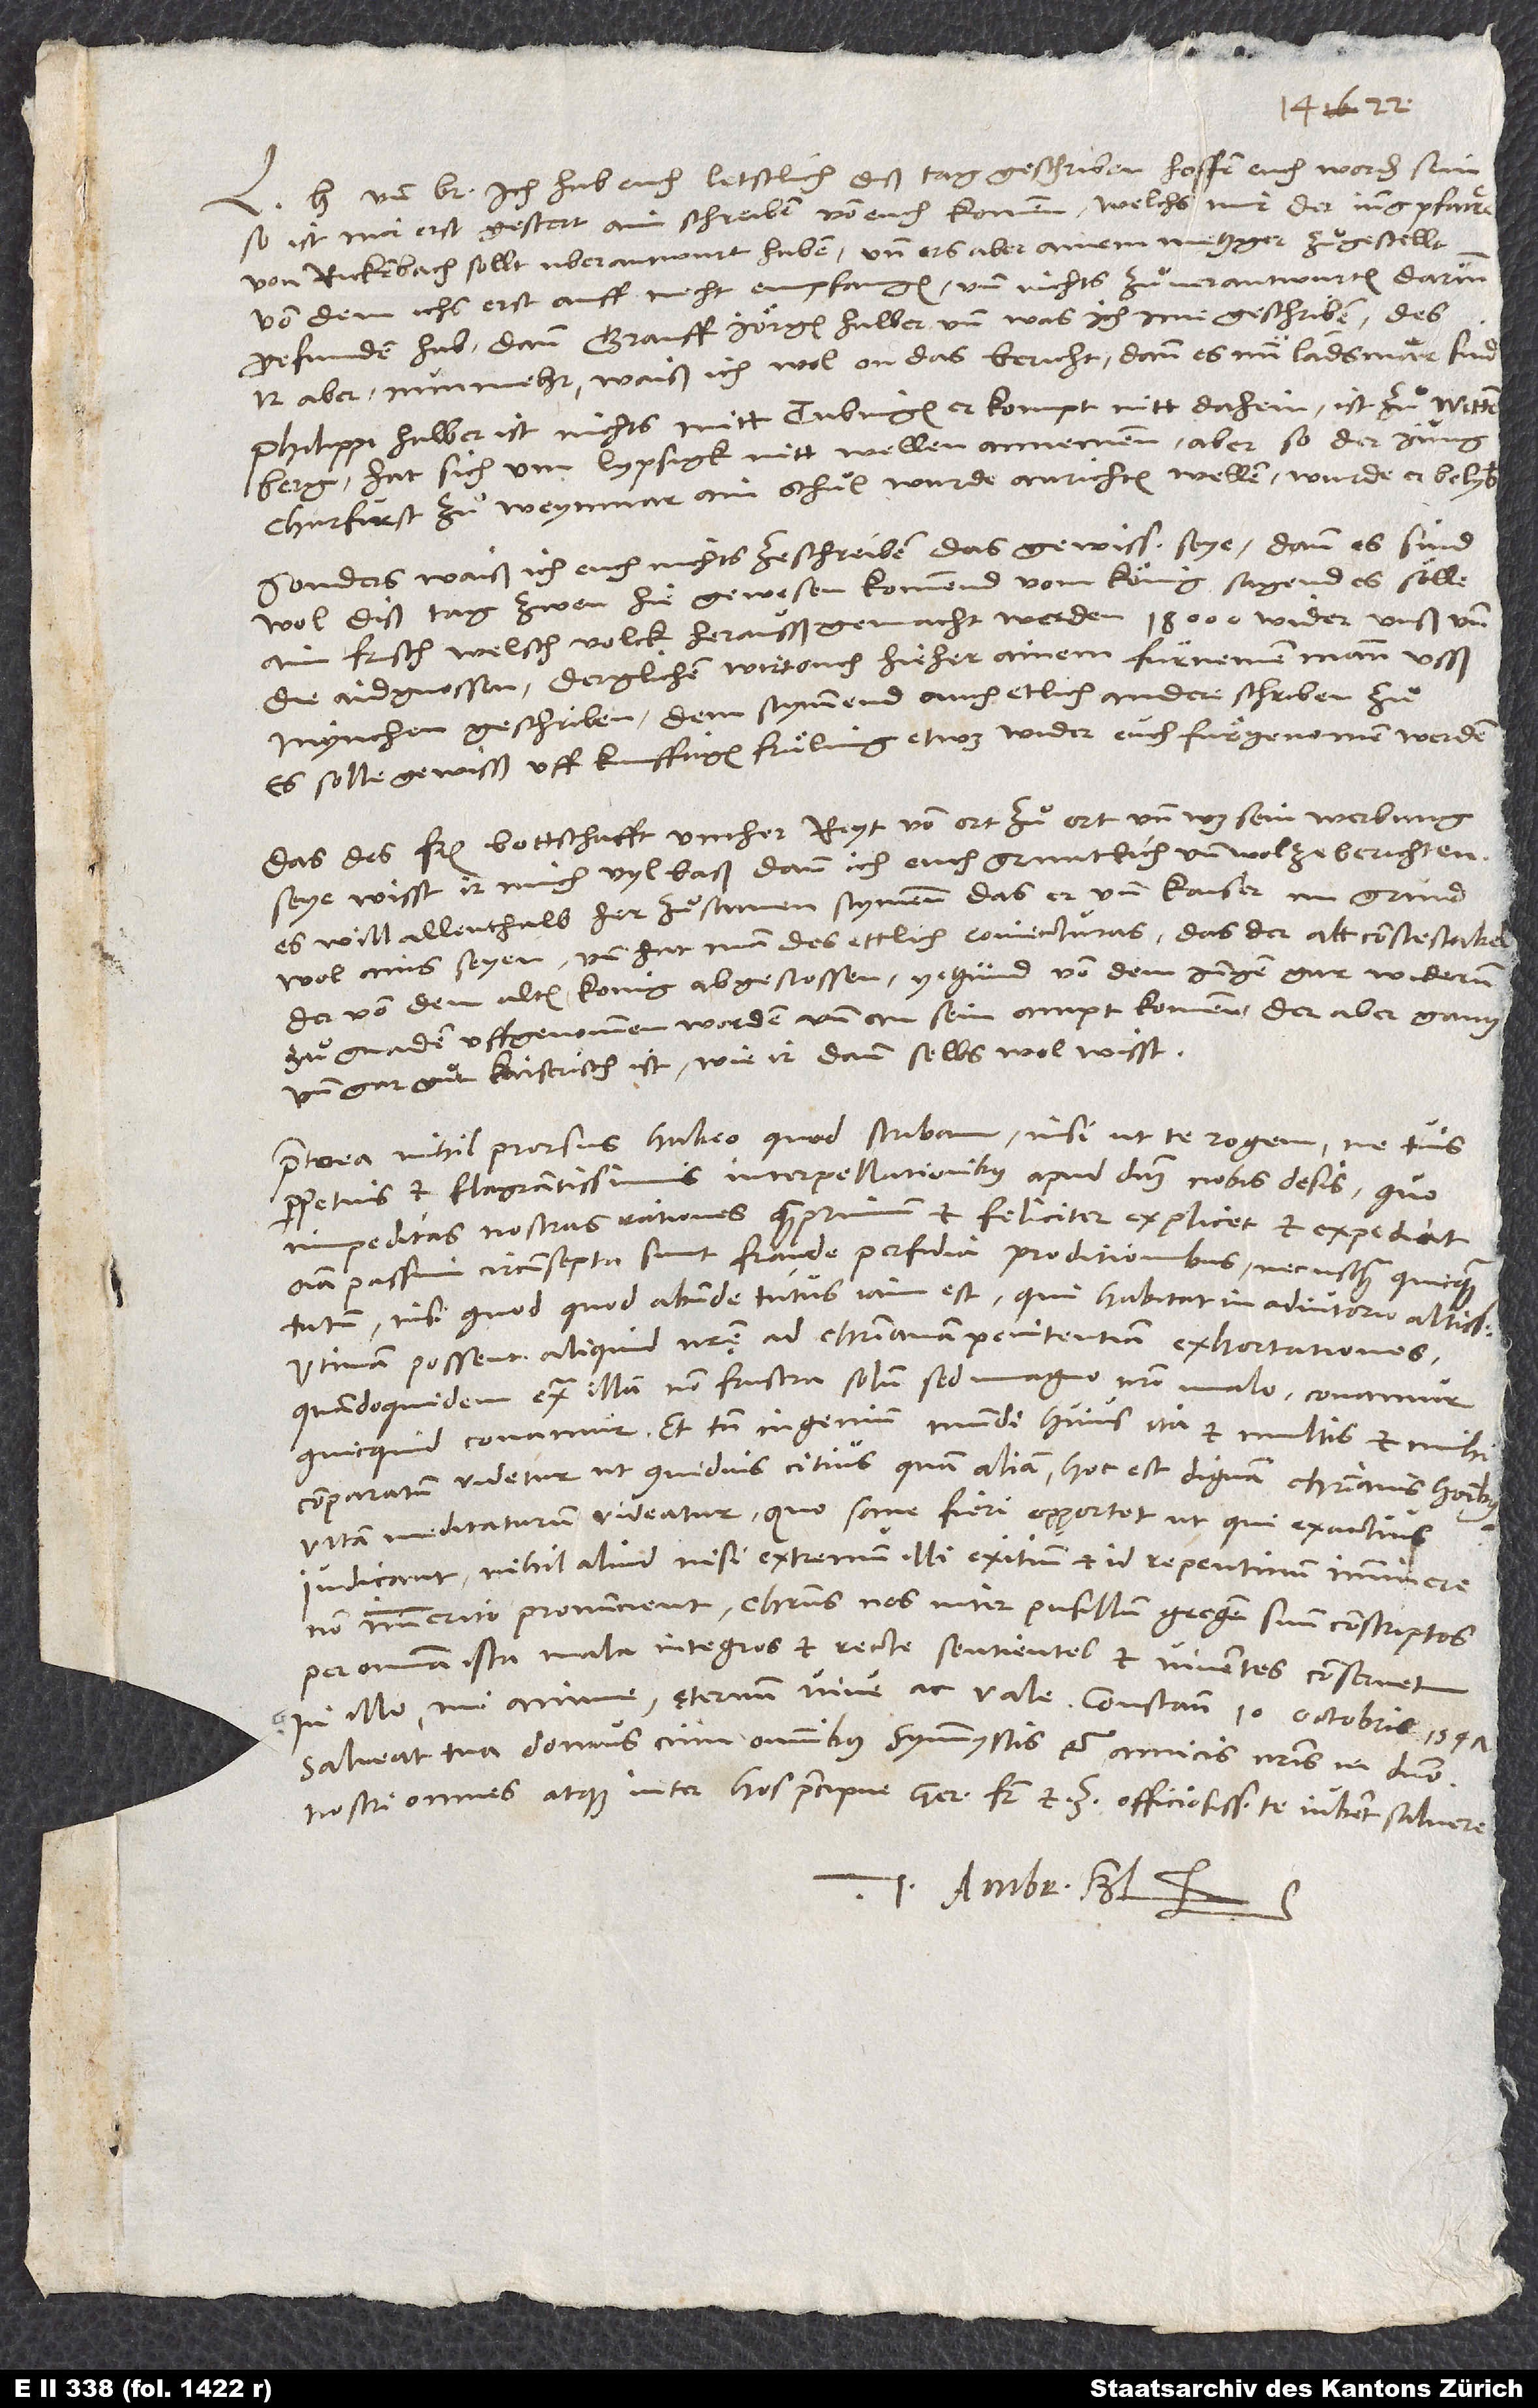
und bruͦder, ich hab euch letstlich diß tag geschriben. Hoffen, euch worden sein.
So ist mir erst gestert ain schreiben von euch kommen, welchs mir der jung pfarrer
von Rickenbach sollt uberantwurt haben, und ers aber ainem metzger zuͦgestellt,
von dem ichs erst auff necht empfangen, und nichts zuͦ verantwurten darinn
gefunden hab, dann grauff Jörgen halber, und was ich ime geschriben; des
ir aber nunmehr, waiß ich wol, on das bericht, dann es nun landsmär sind.
Philippi halber ist nichts mitt Tubingen. Er kompt nitt dahein. Ist zuͦ Wittenberg.
Hat sich um Lypsigk nitt wellen annemmen. Aber so der jung
churfurst zuͦ Weynmar ain schuͦl wurde anrichten wellen, wurde er belyben.
Sonders waiß ich euch nichts ze schreiben, das gewiss seye. Dann es sind
wol diß tag zwen hie gewesen, kommend vom könig, sagend, es sölle
ain frisch welsch volck herausß gemacht werden, 18’000, wider unß und
die aidgnossen. Derglichen wirt ouch hieher ainem fürnemen mann usß
Mynchen geschriben. Dem stymmend auch etlich andere schriben zuͦ.
Es solle gewisß uff kunfftigen fruͤling etwas wider euch fuͤrgenomen werden.
Das des Frantzosen bottschafft umher reyt von ort zuͦ ort, und was sein werbung
seye, wisst ir mich vyl baß dann ich euch gruntlich und wol ze berichten.
Es will allenthalb her zuͦsamen stymmen, das er und kaiser im grund
wol ains seyen. Und hat man des ettlich coniecturas, das der alt constestabel,
der von dem alten konig abgestossen, yetzund von dem jungen gar widerum
zuͦ gnaden uffgenommen worden und an sein ampt kommen, der aber gantz
und gar guͦt kaiserisch ist, wie ir dann selbs wol wisst.
Praeterea nihil prorsus habeo, quod scribam, nisi ut te rogem, ne tuis
perpetuis et flagrantissimis interpellationibus apud dominum nobis desis, quo
impeditas nostras rationes quamprimum et feliciter explicet et expediat.
Omnia passim circumsepta sunt fraude, perfidia, proditionibus, nec usquam quicquam
nisi quod abunde tutus iam est, qui habitat in adiutorio altissimo.
Utinam possent aliquid nostrę ad christianam penitentiam exhortationes,
quandoquidem extra illam non frustra solum sed magno nostro malo conamur,
quicquid conamur. Et tamen ingenium mundi huius ita et multis et mihi
comparatum videtur, ut quidvis citius quam aliam, hoc est dignam christianis hominibus
vitam meditaturum videatur, quo sane fieri opportet, ut, qui exactius
iudicant, nihil aliud nisi extremum illi exitium, et id repentinum, imminere
non immerito pronuncient. Christus nos, inter pusillum gregem suum conscriptos,
per omnia ista mala integros et recte sentientes et viventes conservet!
Salveat tua domus cum omnibus symmystis et amicis nostris in domino.
Nostri omnes, atque inter hos praecipue germanus frater et Zviccius, officiosissime te iubent salvere.
Tuus Ambr. Bl.